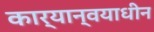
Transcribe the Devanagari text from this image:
कार्यान्वयाधीन